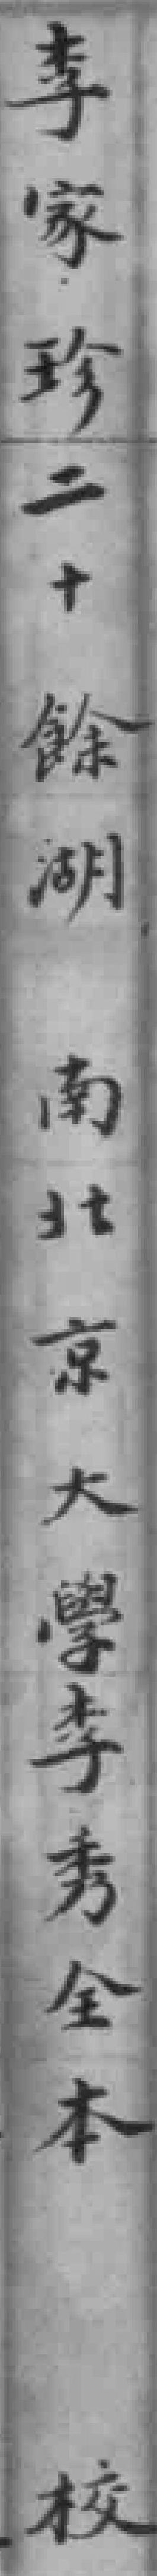
李家珍二十餘湖南北京大學李秀全本校